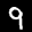
Label: 9